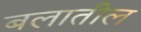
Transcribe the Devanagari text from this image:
बलातील